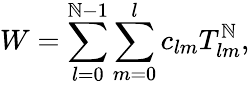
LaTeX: W=\sum_{l=0}^{\mathbb{N}-1}\sum_{m=0}^{l}c_{lm}T_{lm}^{\mathbb{N}},